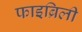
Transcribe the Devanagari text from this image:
फाइब्रिली